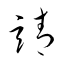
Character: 靖